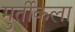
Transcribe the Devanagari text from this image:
मुर्तीकला